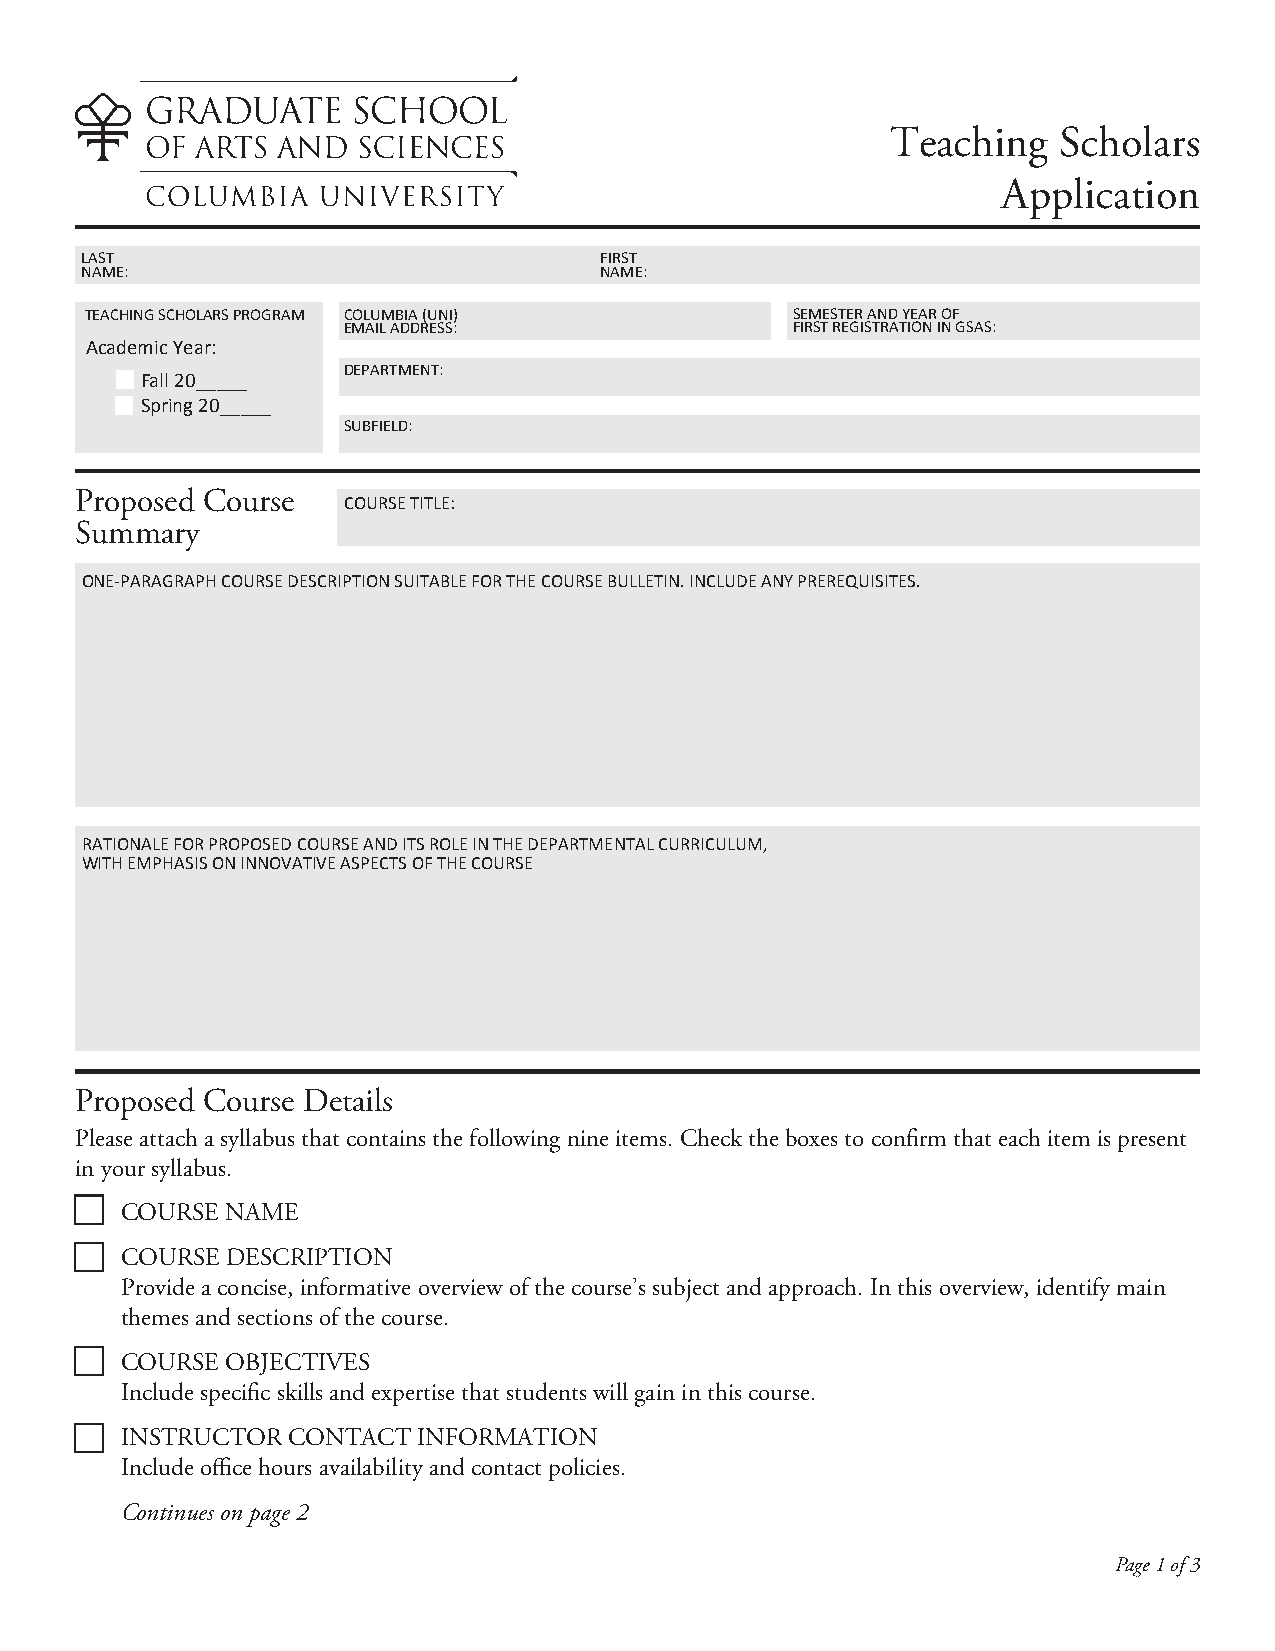
Teaching   Scholars
 Application
 LAST                               FIRST
 NAME:                              NAME:
 TEACHING SCHOLARS PROGRAM COLUMBIA (UNI)      SEMESTER AND YEAR OF
 EMAIL ADDRESS:               FIRST REGISTRATION IN GSAS:
 Academic Year:
 DEPARTMENT:
 Fall 20_____
 Spring 20_____
 SUBFIELD:
 Proposed Course
 COURSE TITLE:
 Summary
 ONE-PARAGRAPH COURSE DESCRIPTION SUITABLE FOR THE COURSE BULLETIN. INCLUDE ANY PREREQUISITES.
 RATIONALE FOR PROPOSED COURSE AND ITS ROLE IN THE DEPARTMENTAL CURRICULUM,
 WITH EMPHASIS ON INNOVATIVE ASPECTS OF THE COURSE
 Proposed Course Details
 Please attach a syllabus that contains the following nine items. Check the boxes to confirm that each item is present
 in your syllabus.
 COURSE NAME
 COURSE DESCRIPTION
 Provide a concise, informative overview of the course’s subject and approach. In this overview, identify main
 themes and sections of the course.
 COURSE OBJECTIVES
 Include specific skills and expertise that students will gain in this course.
 INSTRUCTOR CONTACT  INFORMATION
 Include office hours availability and contact policies.
 Continues on page 2
 Page 1 of 3